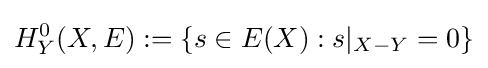
H_{Y}^{0}(X,E):=\{s\in E(X):s|_{X-Y}=0\}